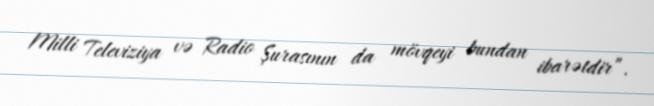
Milli Televiziya və Radio Şurasının da mövqeyi bundan ibarətdir”.